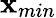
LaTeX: \mathbf{x}_{min}